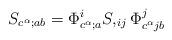
LaTeX: \begin{align*}S_{c^{\alpha};ab} = \Phi^i_{c^{\alpha};a} S,_{ij}\Phi^j_{c^{\alpha}jb}\end{align*}